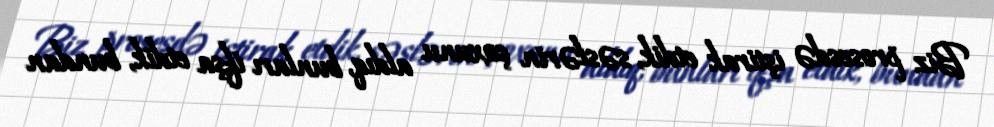
Biz prosesdə iştirak etdik, səslərin çoxunu aldıq, bunları ifşa etdik, bundan